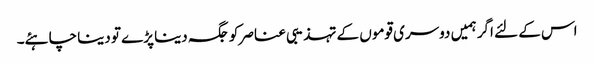
اس کے لئے اگر ہمیں دوسری قوموں کے تہذیبی عناصر کو جگہ دینا پڑے تو دینا چاہئے۔